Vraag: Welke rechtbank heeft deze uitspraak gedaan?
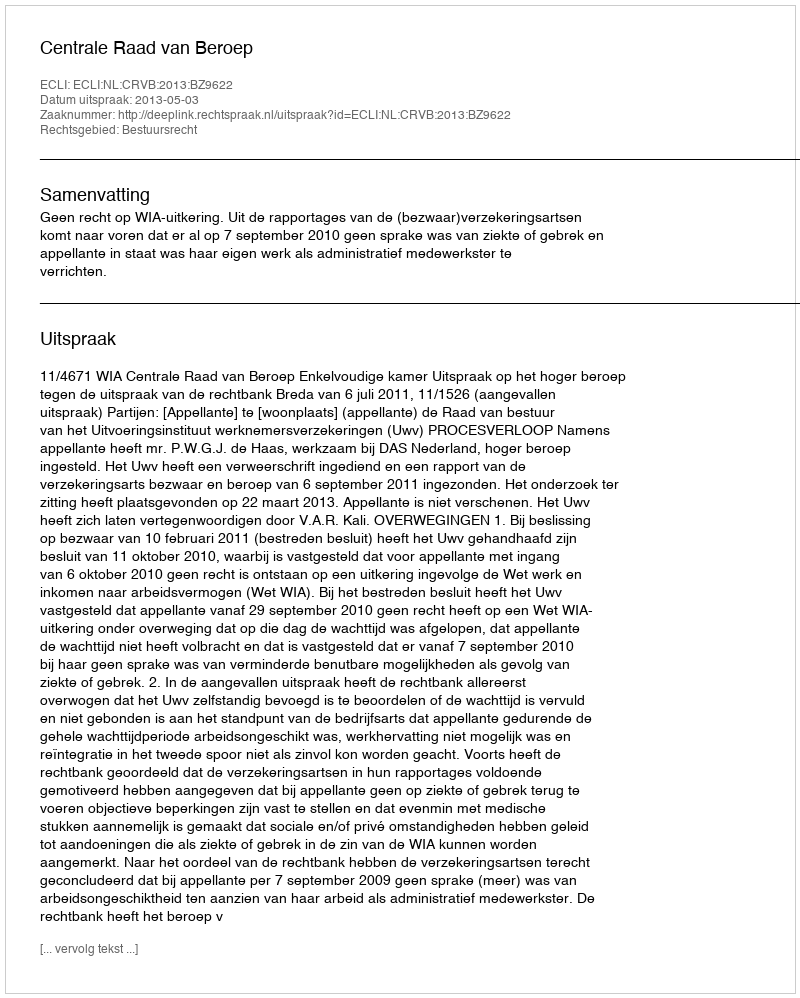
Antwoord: Centrale Raad van Beroep